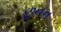
છનન